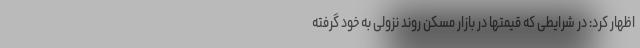
اظهار کرد: در شرایطی که قیمتها در بازار مسکن روند نزولی به خود گرفته